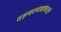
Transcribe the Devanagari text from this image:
दहशतवाद्यांकडली